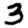
Digit: 3